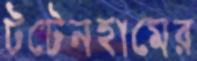
টটেনহামের